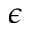
\epsilon